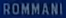
ROMMANI